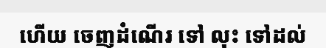
ហើយ ចេញដំណើរ ទៅ លុះ ទៅដល់